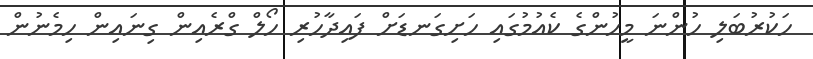
ހަކުރުބަލި ހުންނަ މީހުންގެ ކެއުމުގައި ހަށިގަނޑަށް ފައިދާހުރި ހޯލް ގްރެއިން ގިނައިން ހިމެނުން